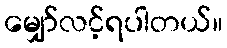
မျှော်လင့်ရပါတယ်။